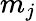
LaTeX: m_{j}